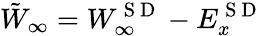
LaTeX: \tilde{W}_{\infty}=W_{\infty}^{\mathrm{~S~D~}}-E_{x}^{\mathrm{~S~D~}}